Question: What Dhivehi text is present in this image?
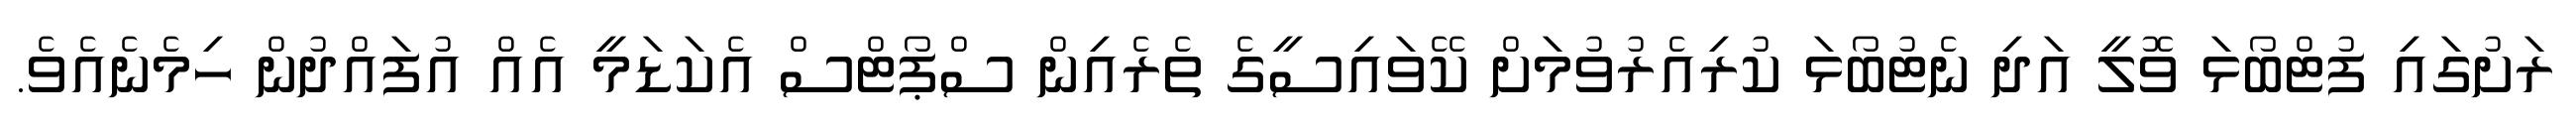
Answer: ރަށުގައި ފުޓްބޯޅަ ވޮލީ އަދި ނެޓުބޯޅަ ކުރިއެރުވުމަށް ކޭވައިސީގެ ތެރެއިން ސްޕޯޓްސް އެކަޑަމީ އެއް އުފައްދުން ހިމެނެއެވެ.